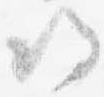
帰